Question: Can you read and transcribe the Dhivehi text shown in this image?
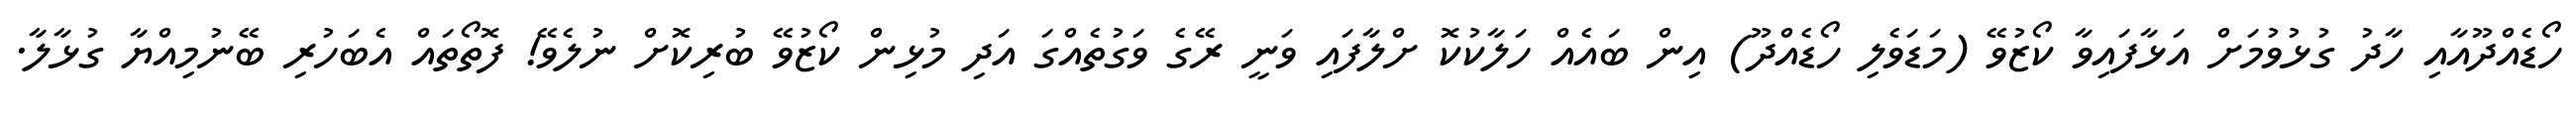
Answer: ހޯޑެއްދޫއާއި ހާދު ގުޅުވުމަށް އަޅާފައިވާ ކޯޒުވޭ (މަޑަވެލި ހޯޑެއްދޫ) އިން ބައެއް ހަލާކުކޮ ށްލާފައި ވަނީ ރޭގެ ވަގުތެއްގަ އަދި މުޅިން ކޯޒުވޭ ބުރިކޮށް ނުލެވޭ! ފޮތޯތައް އެބަހުރި ބޭނުމިއްޔާ ގުޅާލާ.